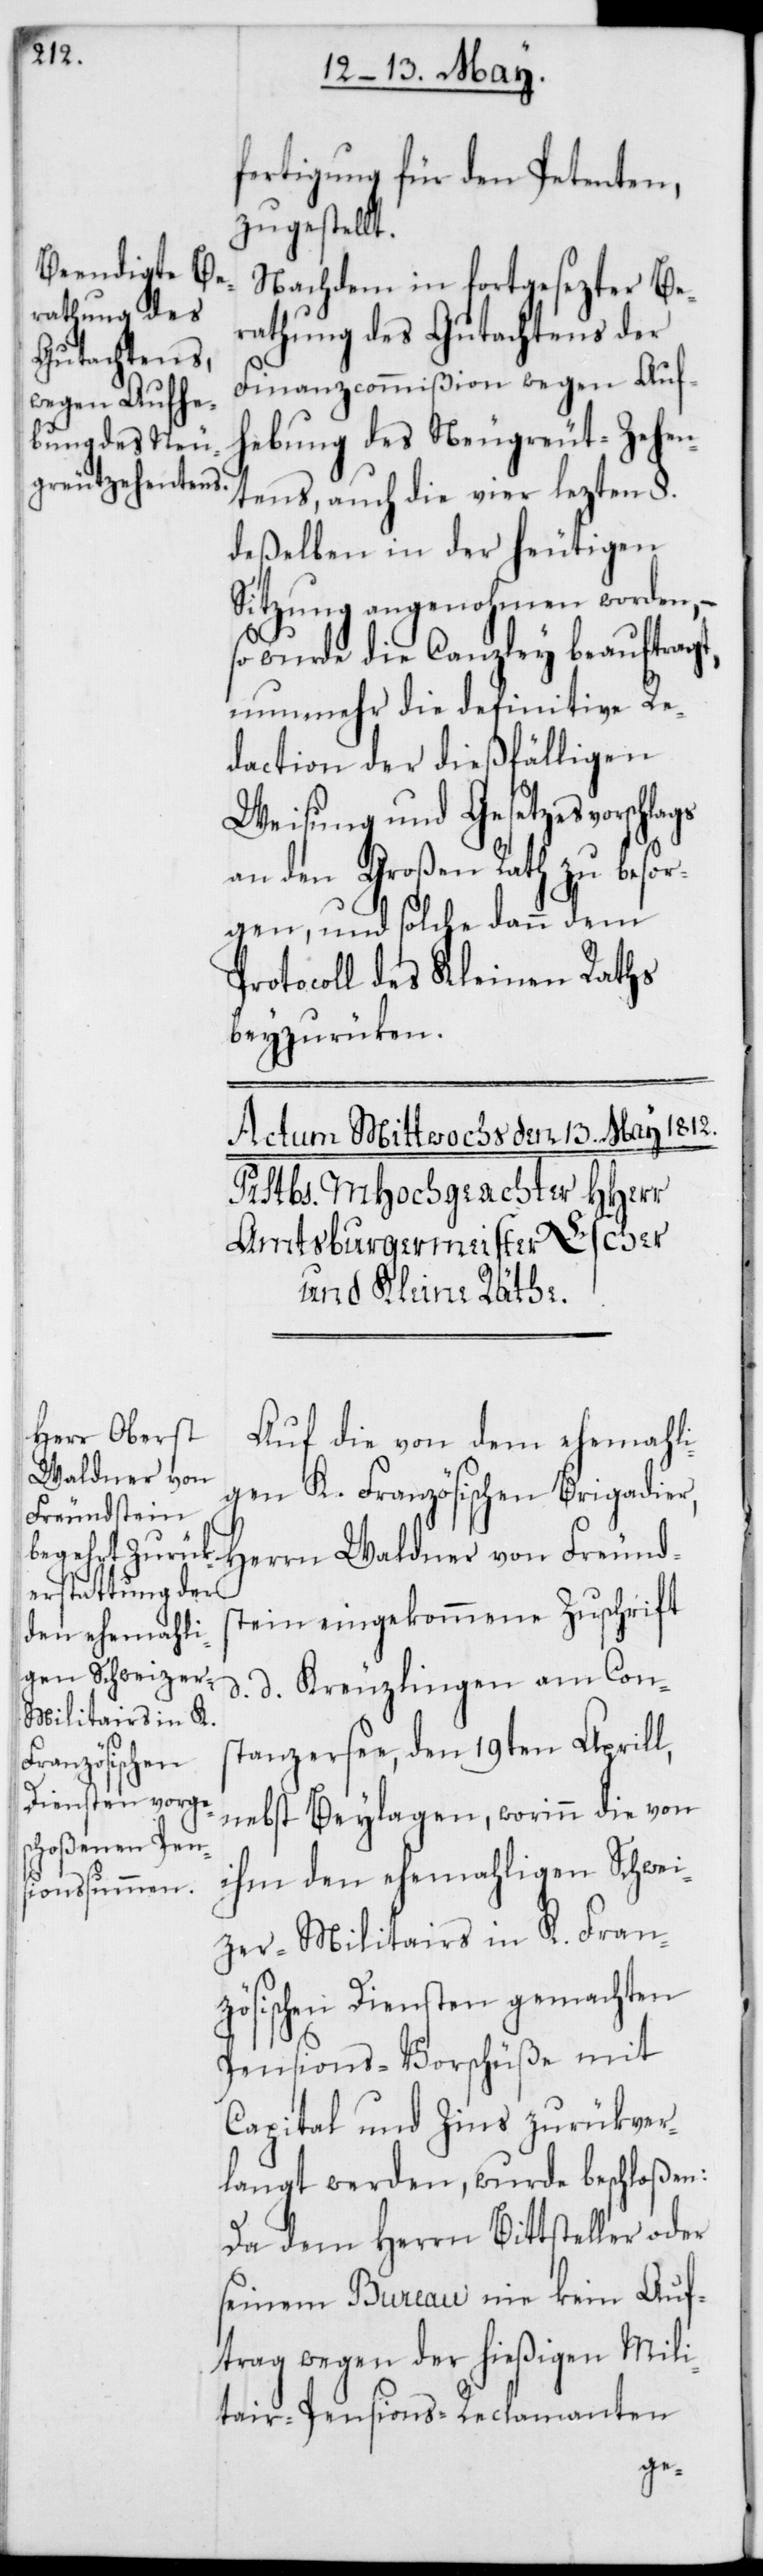
fertigung für den Petenten,
zugestellt.
Nachdem in fortgesezter Be¬
rathung des Gutachtens der
Finanzcommißion wegen Auf¬
hebung des Neugreut-Zehen¬
tens, auch die vier lezten §.
deßelben in der heutigen
Sitzung angenohmen worden, –
so wurde die Canzley beauftragt,
nunmehr die definitive Re¬
daction der dießfälligen
Weisung und Gesetzesvorschlags
an den Großen Rath zu besor¬
gen, und solche dann dem
Protocoll des Kleinen Raths
beyzurücken.
Auf die von dem ehemahli¬
gen K. Französischen Brigadier,
Herrn Waldner von Freund¬
stein eingekommene Zuschrift,
d. d. Kreuzlingen am Kons¬
tanzersee, den 19ten Aprill,
nebst Beylagen, worinn die von
ihm den ehemahligen Schwei¬
zer-Militairs in K. Fran¬
zösischen Diensten gemachten
Pensions-Vorschüße mit
Capital und Zins zurückver¬
langt werden, wurde beschloßen:
Da dem Herrn Bittsteller oder
seinem Bureau nie kein Auf¬
trag wegen der hießigen Mili¬
tair-Pensions-Reclamanten